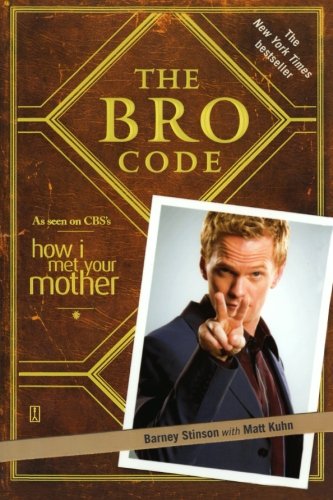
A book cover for The Bro Code; Barney Stinson; Humor & Entertainment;